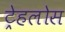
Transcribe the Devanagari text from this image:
ट्रेहलोस